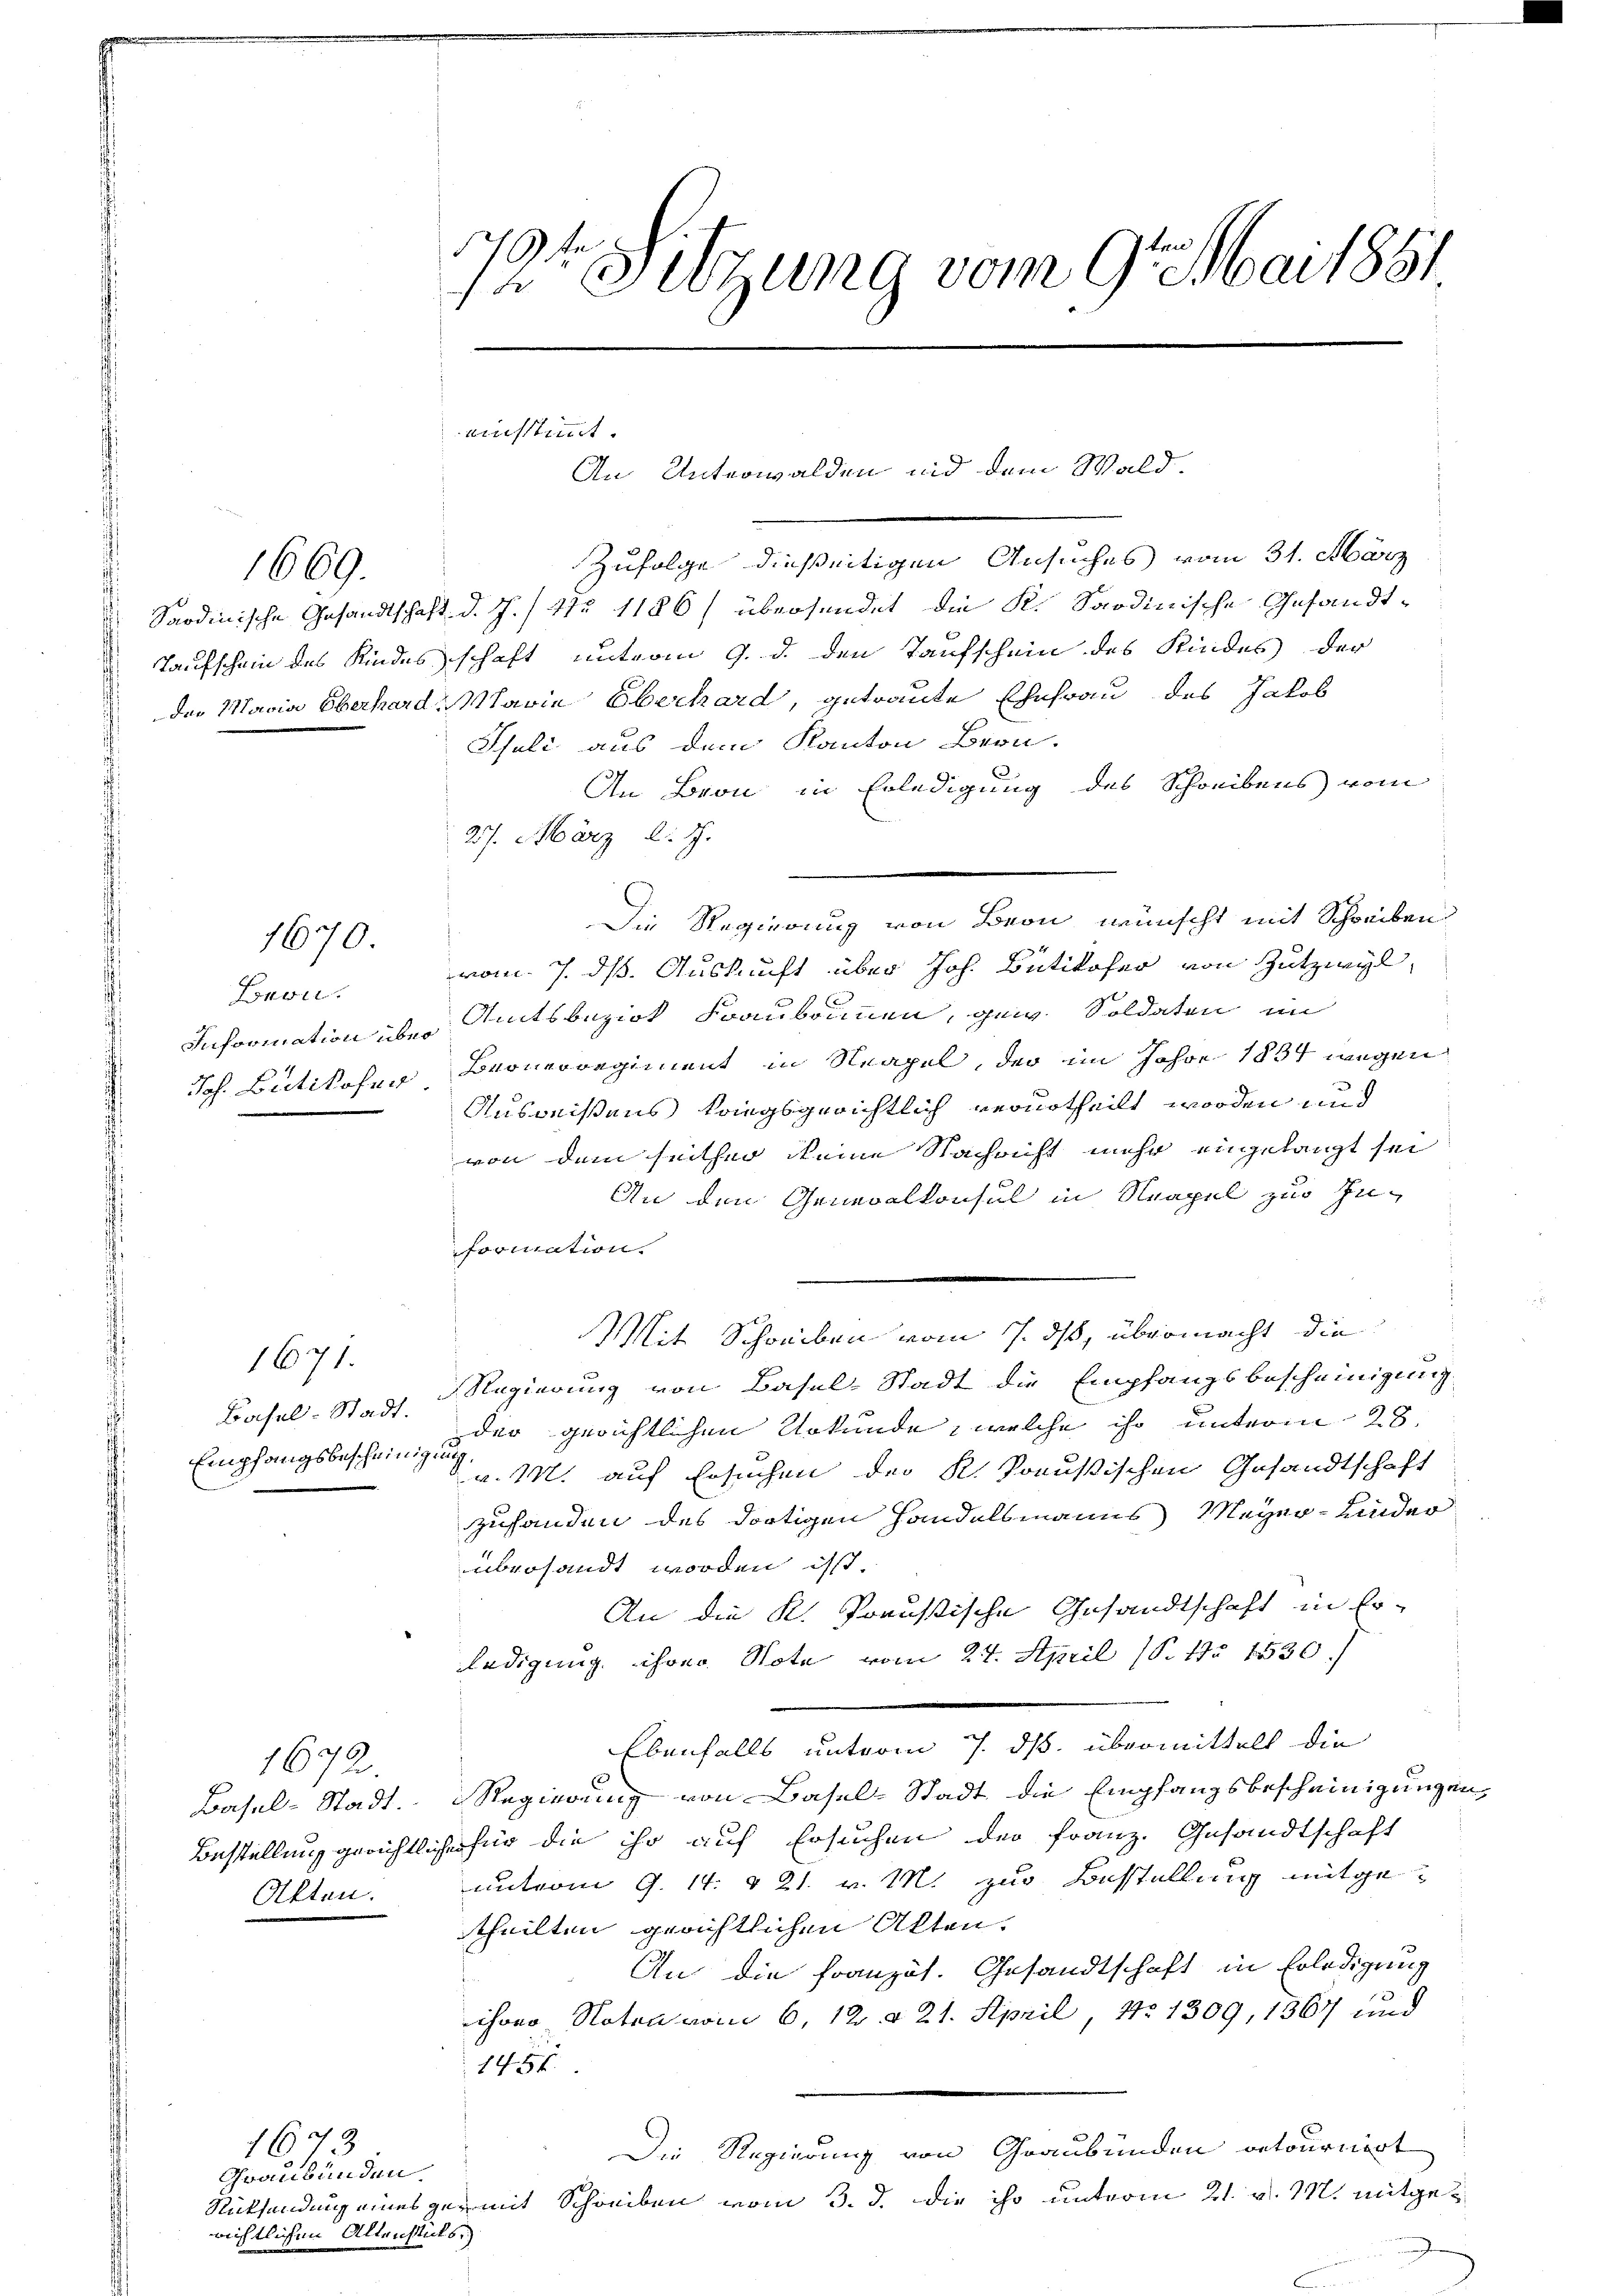
1669.

1670.

Bern.
Joh. Bütikofer

Empfangsbescheinigung

1671.

1672.
Akten.

Graubünden.
richtlichen Altenstücks

1673

17
16
12 Setzung vom 9ten Mai 1851.

einstimmt.
An Unterwalden und dem Wald.

Zufolge dießeitigen Ansuches vom 31. März
Sardinische Gesandtschaft d. J. 17. 1186) übersendet die K. Sardinische Gesandt¬
Taufschein des Kindes schaft unterm 9. d. den Taufschein des Kindes der
Der Maria Eberhard Marie Oberhard, getraute Ehefrau des Jakob
Iseli aus dem Kanton Bern.
An Bron in Erledigung des Schreibens vom
27. März l. J.
Die Regierung von Bern wünscht mit Schreiben
vom 7. ds. Auskunft über Joh. Bütikofer von Zutzwyl,
Information über Amtsbezirk Fraubrunnen, gew. Soldaten im
Bronenregiment in Neapel, der im Jahr 1834 wegen
Ausweisens kriegsgerichtlich verurtheilt worden und
von dem seither Meine Nachricht mehr angelangt sei
An den Generalkonsul in Neapel zur Information.
Mit Schreiben vom 7. ds, übermacht die
Basel-Stadt. Regierung von Basel-Stadt die Empfangsbescheinigung
der gerichtlichen Urkunde, welche ihr unterm 28.
v. M. auf Ersuchen der K. Preußischen Gesandtschaft
zuhanden des dortigen Handelsmanns Meyer-Kinder
übersandt worden isst.
An die K. Preußische Gesandtschaft in Er-
ledigung ihrer Note vom 24. April (S. 11. 1530.
Ebenfalls unterm 7. ds. übermittelt die
Basel-Stadt. Regierung von Basel-Stadt die Empfangsbescheinigungen,
Bestellung gerichtlicher für die ihr auf Ersuchen der Franz. Gesandtschaft
unterm 9. 14. § 21. v. M. zur Bestellung mitgetheilten gerichtlichen Akten.
An die Französ. Gesandtschaft in Erledigung
ihrer Noten vom 6. 12 § 21. April, No 1309, 1367 und
1454
Die Regierung von Graubünden retourniert
Rücksendung eines gemit Schreiben vom 3. d. die ihr unterm 21. v. M. mitge¬